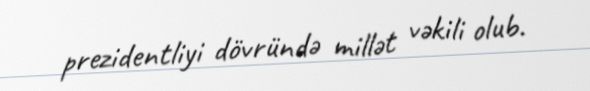
prezidentliyi dövründə millət vəkili olub.